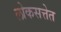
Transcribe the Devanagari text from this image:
लोकसत्तेत